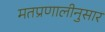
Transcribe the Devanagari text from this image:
मतप्रणालीनुसार